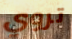
تروي